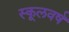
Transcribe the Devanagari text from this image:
स्कूलवर्ष